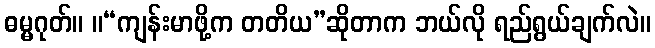
ဓမ္မဂုတ်။ ။“ကျန်းမာဖို့က တတိယ”ဆိုတာက ဘယ်လို ရည်ရွယ်ချက်လဲ။